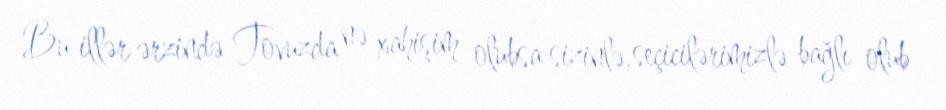
Bu illər ərzində Tovuzda nə xahişim olubsa sizinlə, seçicilərimizlə bağlı olub